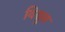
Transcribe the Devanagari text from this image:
विद्युत